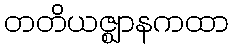
တတိယဇ္ဈာနကထာ